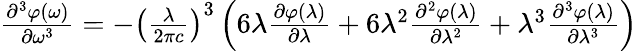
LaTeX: {\begin{array}{l}{{\frac{{\partial}^{3}\varphi\mathrm{(}\omega\mathrm{)}}{\partial{\omega}^{\mathrm{3}}}}={-}{\left({\frac{\lambda}{\mathrm{2}\pi c}}\right)}^{\mathrm{3}}\left(\mathrm{6}\lambda{\frac{\partial\varphi\mathrm{(}\lambda\mathrm{)}}{\partial\lambda}}+\mathrm{6}{\lambda}^{\mathrm{2}}{\frac{{\partial}^{2}\varphi\mathrm{(}\lambda\mathrm{)}}{\partial{\lambda}^{\mathrm{2}}}}+{\lambda}^{\mathrm{3}}{\frac{{\partial}^{3}\varphi\mathrm{(}\lambda\mathrm{)}}{\partial{\lambda}^{\mathrm{3}}}}\right)}\end{array}}